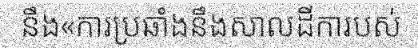
នឹង«ការប្រឆាំងនឹងសាលដីការបស់